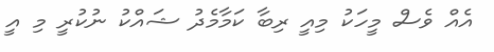
އެއް ވެސް މީހަކު މިއީ ރިބާ ކަމާމެދު ޝައްކު ނުކުރީ މި އީ